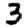
Digit: 3